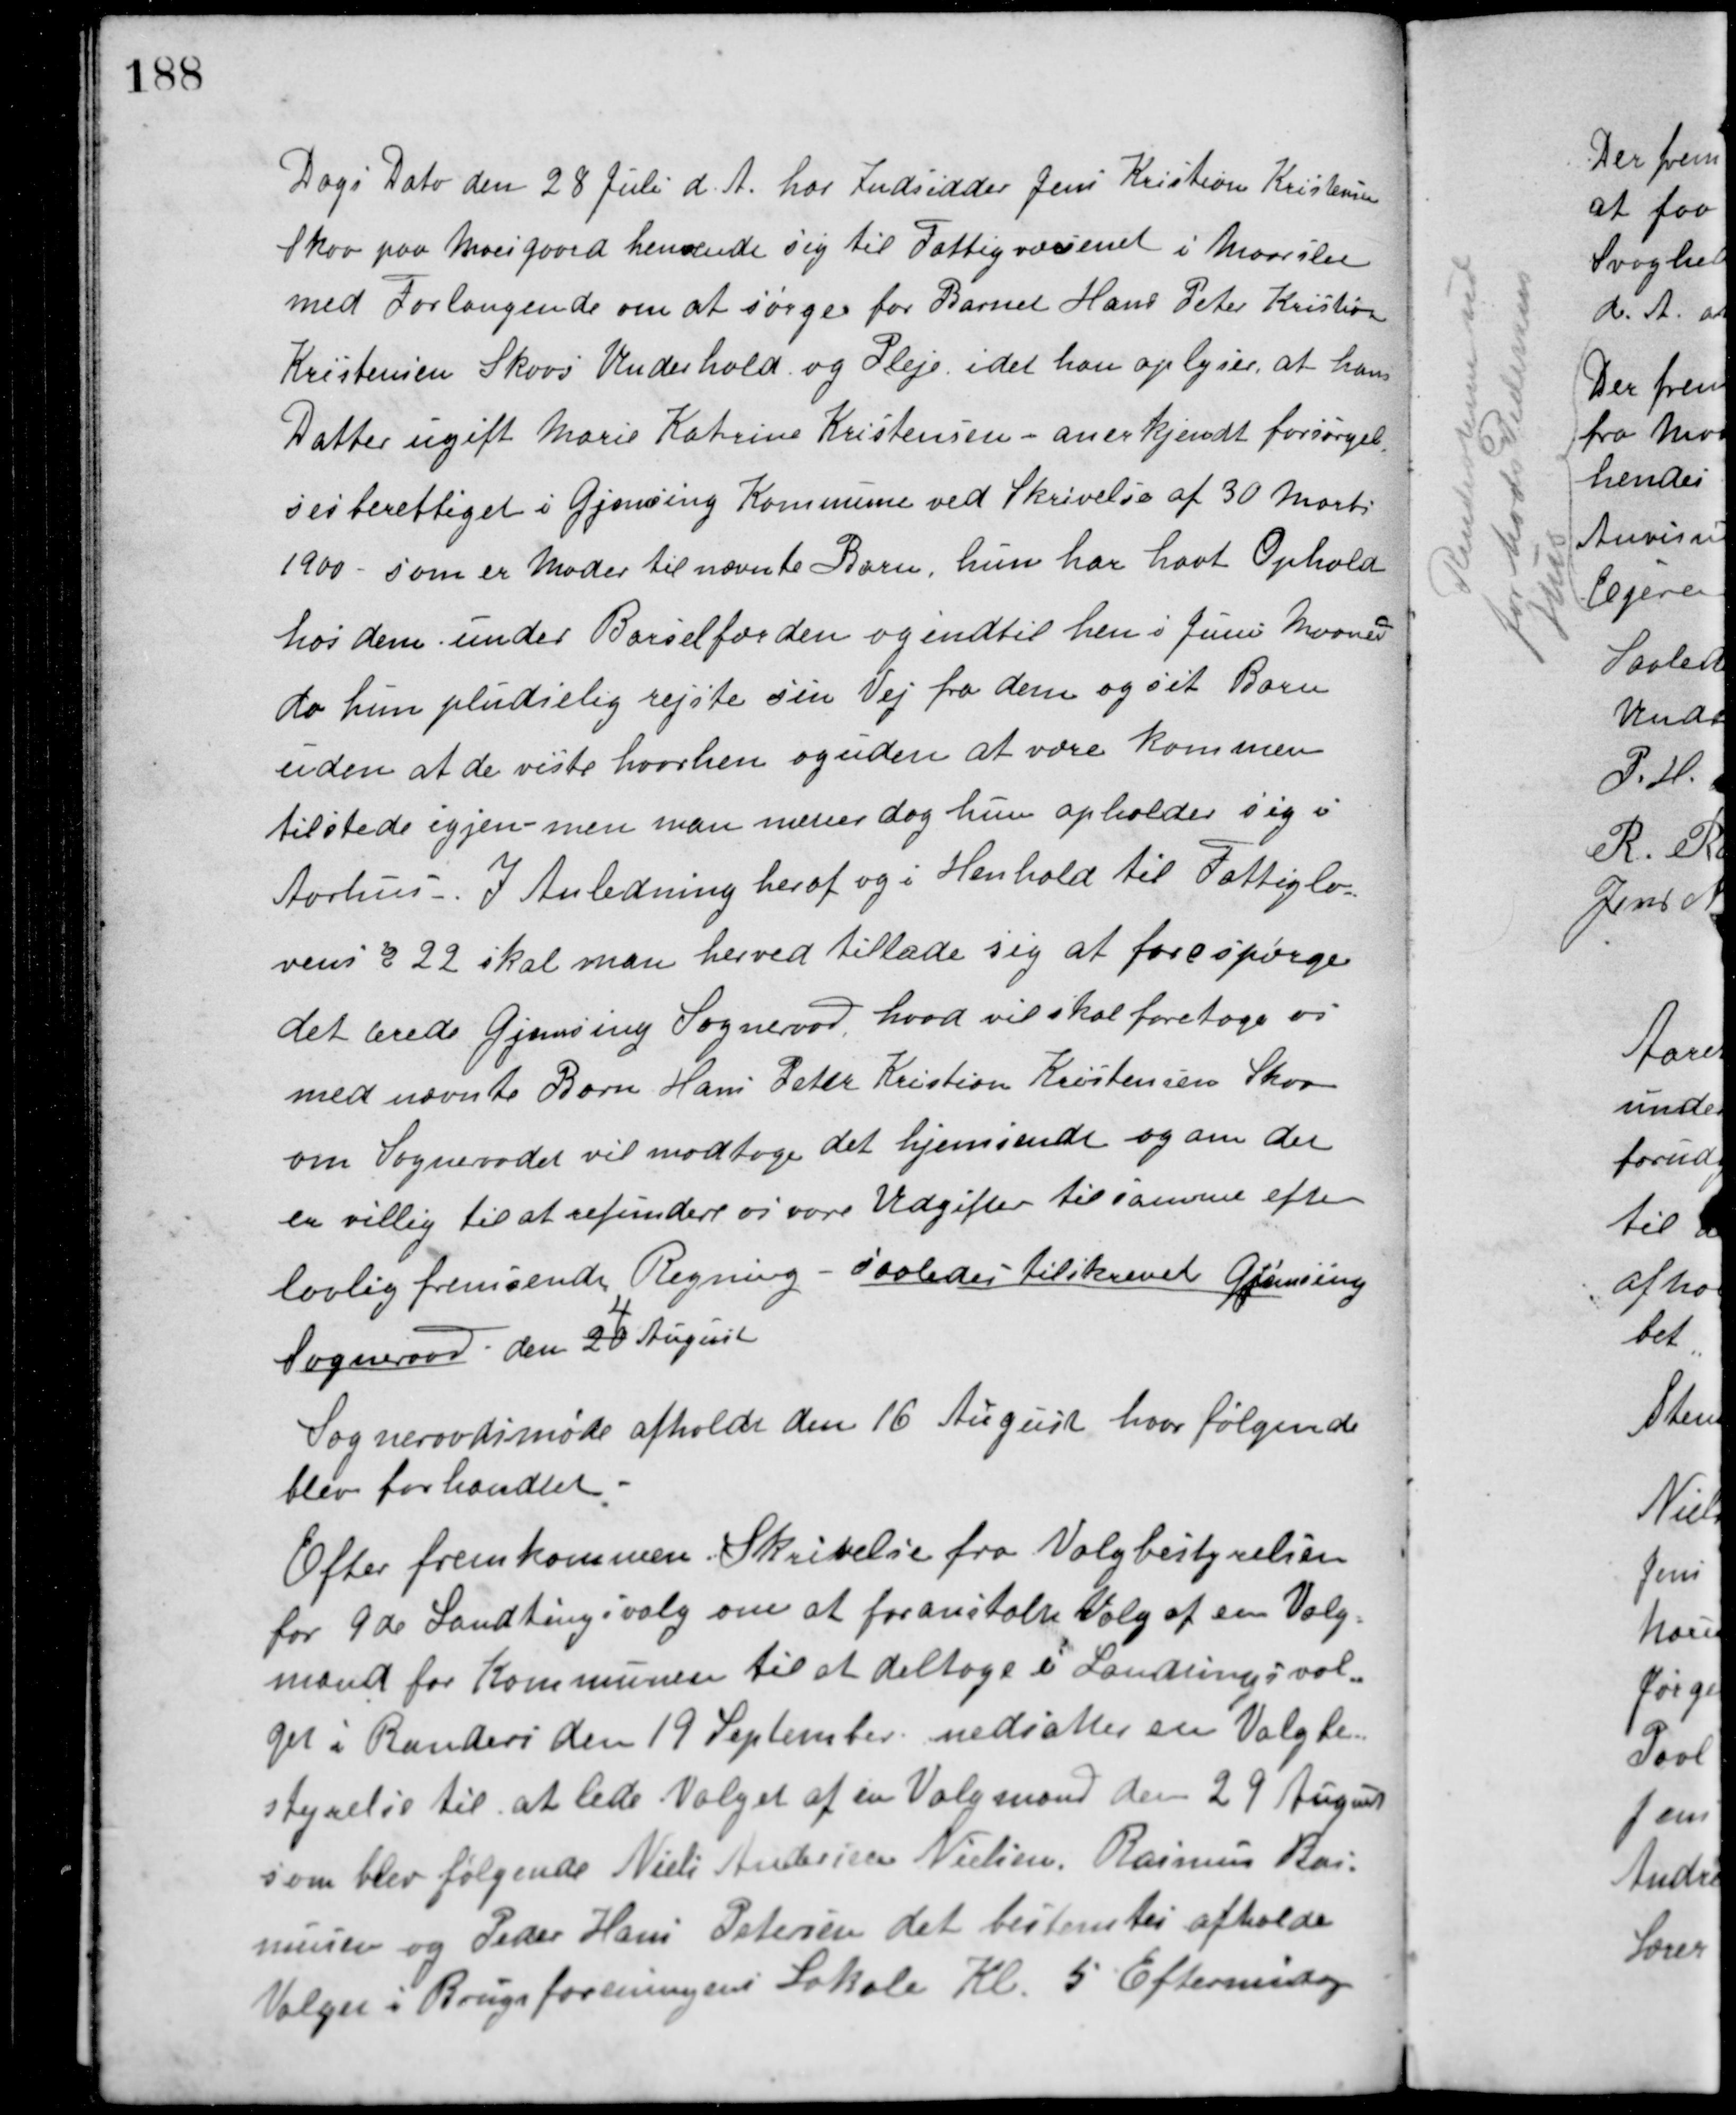
Transskription:
Dags Dato den 28 Juli d. A. har Indsidder Jens Kristian Kristensen
Skov paa Moesgaard henvendt sig til Fattigvæsenet i Maarslet
med Forlangende om at sørge for Barnet Hans Peter Kristian
Kristensen Skovs Underhold og Pleje idet han oplyser, at hans
Datter ugift Marie Katrine Kristensen - anerkjendt forsørgel-
sesberettiget i Gjemsing Kommune ved Skrivelse af 30 Marts
1900 - som er Moder til nævnte Barn. hun har havt Ophold
hos dem under Barselfærden og indtil hen i Juni Maaned
da hun pludselig rejste sin Vej fra dem og sit Barn
uden at de viste hvorhen og uden at være kommen
tilstede igjen - men man mener dog hun opholder sig i
Aarhus. I Anledning heraf og i Henhold til Fattiglo-
vens § 22 skal man herved tillade sig at forespørge
det ærede Gjemsing Sogneraad hvad vil skal foretage os
med nævnte Barn Hans Peter Kristian Kristensen Skov
om Sogneraadet vil modtage det hjemsendt og om det
er villig til at refundere os vore Udgifter til samme efter
lovlig fremsendt Regning - saaledes tilskrevet Gjemsing
Sogneraad den 20
4
August
Sogneraadsmøde afholdt den 16 August hvor følgende
blev forhandlet:
Efter fremkommen Skrivelse fra Valgbestyrelsen
for 9de Landtingsvalg om at foranstalte Valg af een Valg-
mand for Kommunen til at deltage i Landtingsval-
get i Randers den 19 September nedsattes en Valgbe-
styrelse til at lede Valget af en Valgmand den 29 August
som blev følgende Niels Andersen Nielsen, Rasmus Ras-
musen og Peder Hans Petersen det bestemtes afholde
Valget i Brugsforeningens Lokale Kl. 5 Eftermiddag.